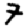
Digit: 7